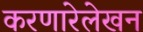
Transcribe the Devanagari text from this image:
करणारेलेखन